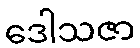
ဒေါသဇာ